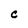
Character: C